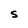
Character: S